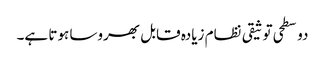
دو سطحی توثیقی نظام زیادہ قابل بھروسا ہوتا ہے۔